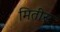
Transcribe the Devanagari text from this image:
मितीस